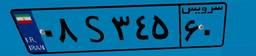
۹۶S۹۹۳۱۰